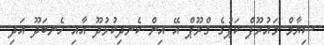
ސިޔާމް މައުރޫފް ކަޕުގެ ގްރޫޕް އޭ އިން ކެނދިކުޅުދޫ އާއި ހެނބަދޫ އަދި